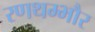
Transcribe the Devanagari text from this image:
रणथम्‍भौर